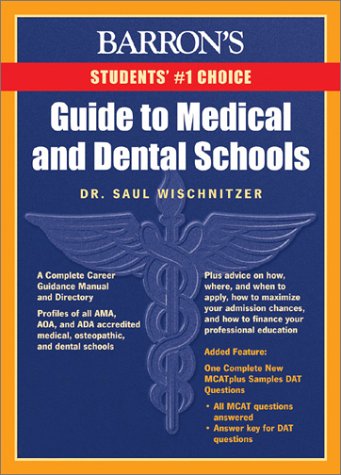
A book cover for Barron's Guide to Medical and Dental Schools: 10th Edition; Dr. Saul Wischnitzer; Education & Teaching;